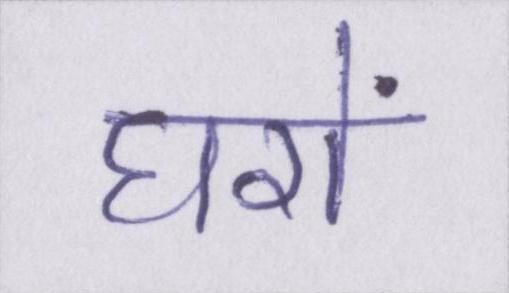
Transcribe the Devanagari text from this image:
घरों